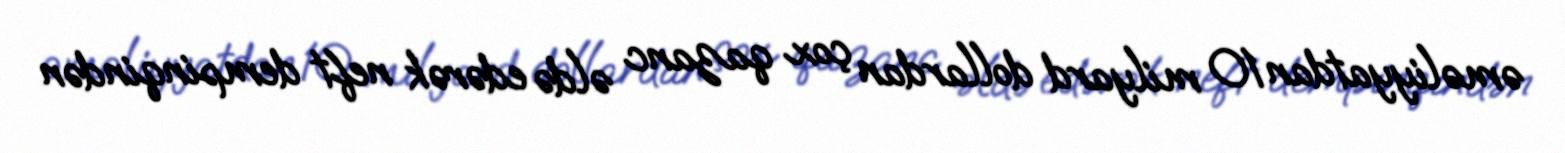
əməliyyatdan 10 milyard dollardan çox qazanc əldə edərək neft dempinqindən